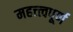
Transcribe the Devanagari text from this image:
महत्त्त्वपूर्ण